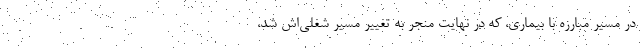
در مسیر مبارزه با بیماری، که در نهایت منجر به تغییر مسیر شغلی‌اش شد،